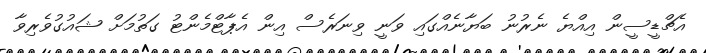
އެޗްޑީސީން އިއްޔެ ނެރުނު ބަޔާނެއްގައި ވަނީ ވިނަރެސް އިން އެޕާޓްމެންޓު ގަތުމަށް ޝައުގުވެރިވާ